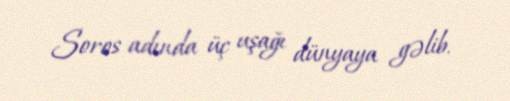
Soros adında üç uşağı dünyaya gəlib.